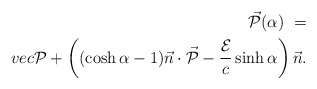
\begin{align*}\vec{\cal{P}}(\alpha) \ = \\vec{\cal{P}} + \left((\cosh\alpha-1)\vec{n}\cdot\vec{\cal{P}} -\frac{\cal{E}}{c}\sinh\alpha\right)\vec{n} .\end{align*}